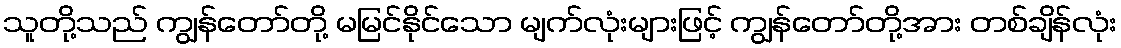
သူတို့သည် ကျွန်တော်တို့ မမြင်နိုင်သော မျက်လုံးများဖြင့် ကျွန်တော်တို့အား တစ်ချိန်လုံး